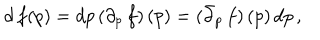
d \, f ( p ) = d p \, ( \partial _ { p } \, f ) \, ( p ) = ( \bar { \partial } _ { p } \, f ) \, ( p ) \, d p \, ,